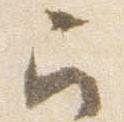
召